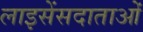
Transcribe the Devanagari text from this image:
लाइसेंसदाताओं